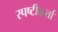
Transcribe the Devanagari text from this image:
स्पष्टीकर्ता